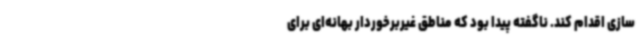
سازی اقدام کند. ناگفته پیدا بود که مناطق غیربرخوردار بهانه‌ای برای